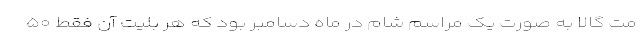
مت گالا به صورت یک مراسم شام در ماه دسامبر بود که هر بلیت آن فقط ۵۰